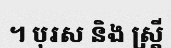
។ បុរស និង ស្ត្រី